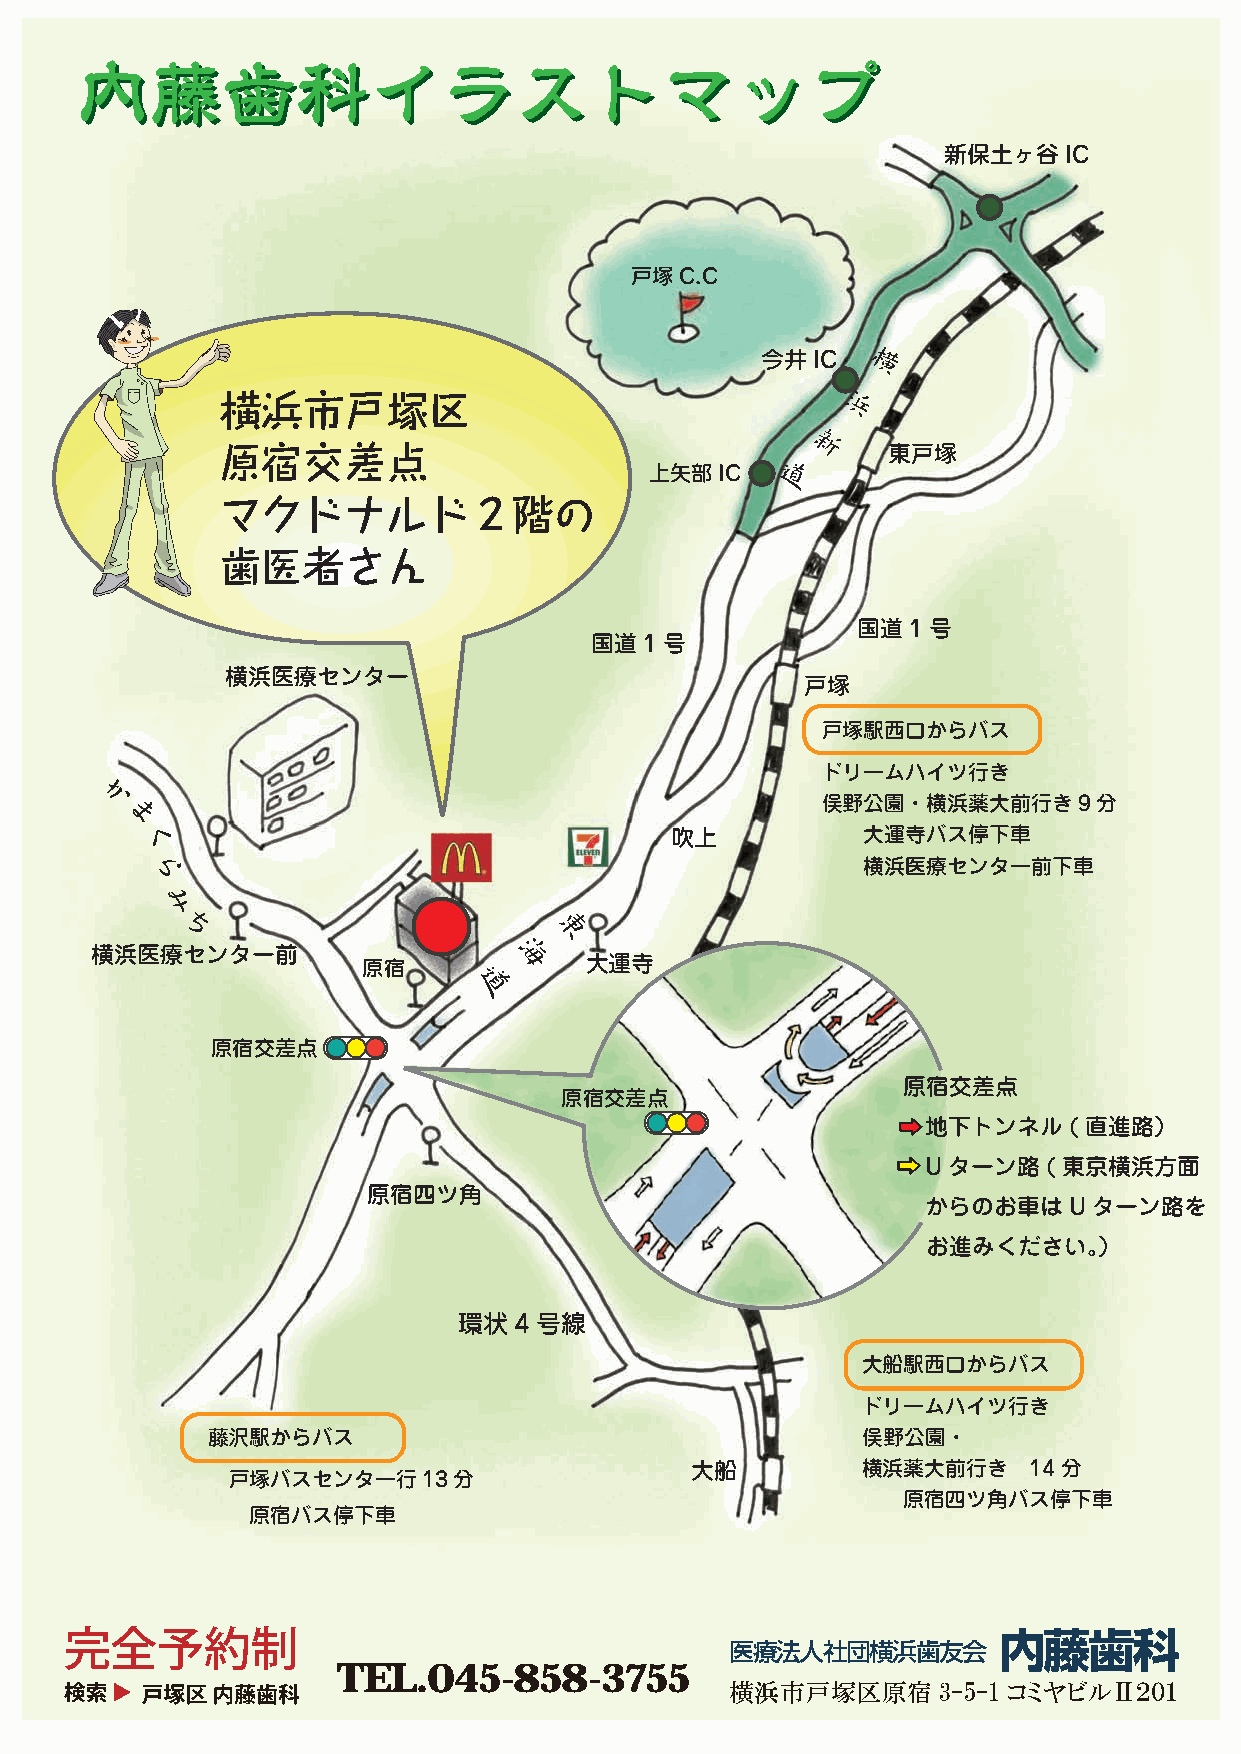
内内藤藤歯歯科科イイララスストトママッッププ
 新保土ヶ谷IC
 戸塚C.C
 今井IC
 横
 横浜市戸塚区
 浜
 原宿交差点                                 新     東戸塚
 上矢部IC   道
 マクドナルド２階の
 歯医者さん
 国道1号
 国道1号
 横浜医療センター
 戸塚
 戸塚駅西口からバス
 ドリームハイツ行き
 か
 俣野公園・横浜薬大前行き9分
 ま
 く                                  吹上           大運寺バス停下車
 ら                                              横浜医療センター前下車
 み
 ち                       東
 横浜医療センター前         原宿        海    大運寺
 道
 原宿交差点
 原宿交差点
 原宿交差点
 地下トンネル(直進路）
 Uターン路(東京横浜方面
 原宿四ツ角
 からのお車はUターン路を
 お進みください。）
 環状4号線
 大船駅西口からバス
 ドリームハイツ行き
 藤沢駅からバス                                    俣野公園・
 大船         横浜薬大前行き    14分
 戸塚バスセンター行13分
 原宿四ツ角バス停下車
 原宿バス停下車
 完全予約制                                       医療法人社団横浜歯友会       内藤歯科
 TEL.045-858-3755
 横浜市戸塚区原宿      3-5-1 コミヤビルⅡ２０１